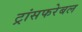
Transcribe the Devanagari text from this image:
ट्रांसफरेबल